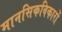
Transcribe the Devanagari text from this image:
मानसिकविकारों